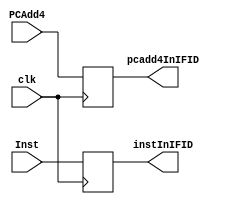
`timescale 1ns / 1ps
//////////////////////////////////////////////////////////////////////////////////
// Company: 
// Engineer: 
// 
// Design Name: 
// Module Name: IFID
// Project Name: 
// Target Devices: 
// Tool Versions: 
// Description: 
// 
// Dependencies: 
// 
// Revision:
// Revision 0.01 - File Created
// Additional Comments:
// 
//////////////////////////////////////////////////////////////////////////////////


module IFID(clk,PCAdd4,Inst,pcadd4InIFID,instInIFID);
    input clk;
    input  [31:0] PCAdd4;
    input [31:0] Inst;
    output reg [31:0] pcadd4InIFID;
    output reg [31:0] instInIFID;

    always @(posedge clk) begin
        pcadd4InIFID = PCAdd4;
        instInIFID = Inst;
    end
endmodule